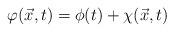
LaTeX: \begin{align*}{\varphi}(\vec{x},t) = {\phi}(t) + {\chi}(\vec{x},t)\end{align*}